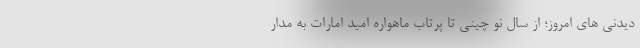
دیدنی های امروز؛ از سال نو چینی تا پرتاب ماهواره امید امارات به مدار